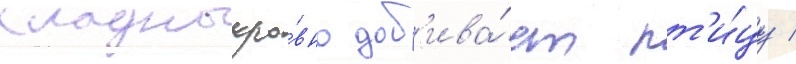
хладнокро́вно доб'ива́ет пт'и́цу /